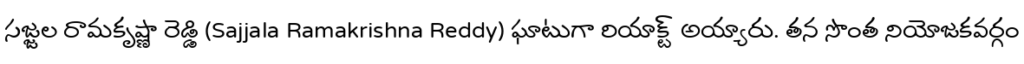
సజ్జల రామకృష్ణా రెడ్డి (Sajjala Ramakrishna Reddy) ఘాటుగా రియాక్ట్ అయ్యారు. తన సొంత నియోజకవర్గం